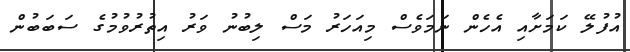
އުފުލޭ ކަމަށާއި އެހެން ނަމަވެސް މިއަހަރު މަސް ލިބުނު ވަރު އިތުރުވުމުގެ ސަބަބުން